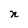
Character: n